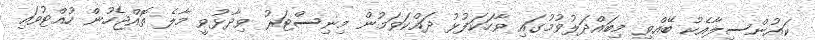
ކައުންސިލާއެކު ބޭއްވި މިބައްދަލުވުމުގައި ވާހަކަފުޅު ދައްކަވަމުން މިނިސްޓަރު ވިދާޅުވީ މާލެ ތޮއްޖެހުން ހުއްޓުވައި